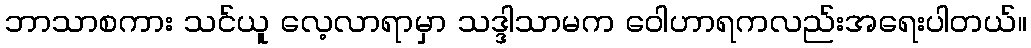
ဘာသာစကား သင်ယူ လေ့လာရာမှာ သဒ္ဒါသာမက ဝေါဟာရကလည်းအရေးပါတယ်။